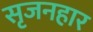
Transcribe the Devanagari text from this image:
सृजनहार